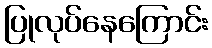
ပြုလုပ်နေကြောင်း